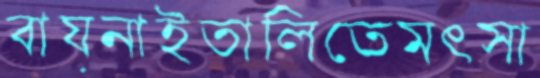
বায়নাইতালিতেমৎসা